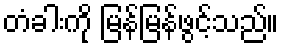
တံခါးကို မြန်မြန်ဖွင့်သည်။